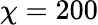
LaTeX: \chi=200